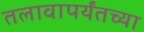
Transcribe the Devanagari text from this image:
तलावापर्यंतच्या